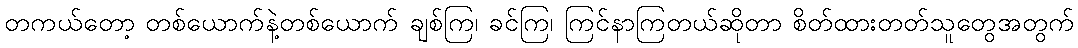
တကယ်တော့ တစ်ယောက်နဲ့တစ်ယောက် ချစ်ကြ၊ ခင်ကြ၊ ကြင်နာကြတယ်ဆိုတာ စိတ်ထားတတ်သူတွေအတွက်